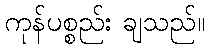
ကုန်ပစ္စည်း ချသည်။